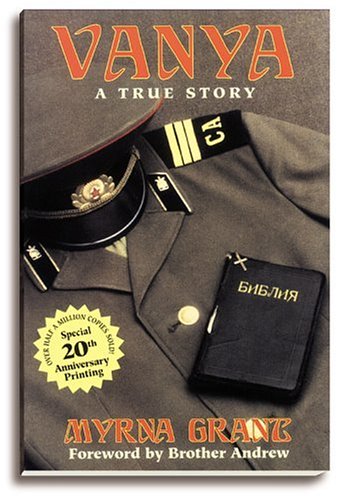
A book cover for Vanya: A True Story; Myrna Grant; Biographies & Memoirs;